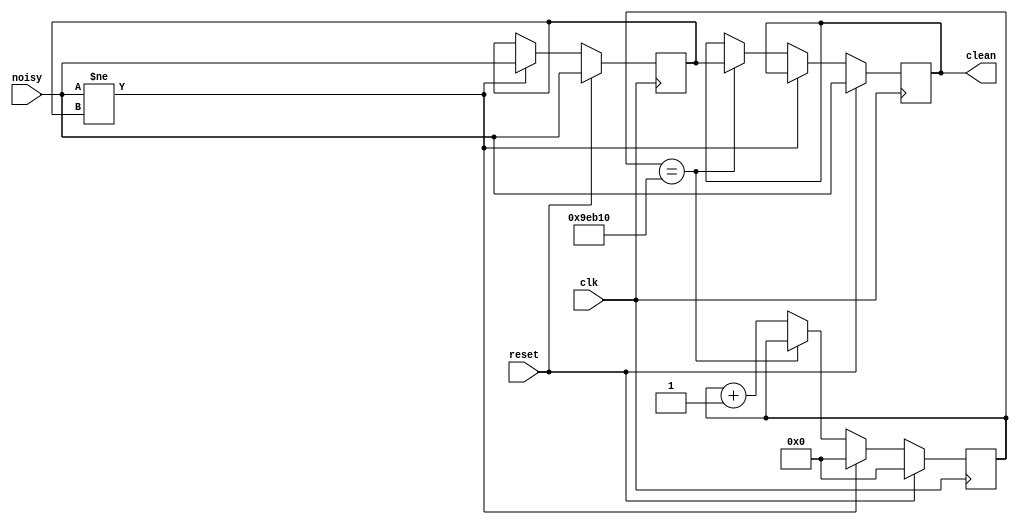

///////////////////////////////////////////////////////////////////////////////
//
// Pushbutton Debounce Module 
//
///////////////////////////////////////////////////////////////////////////////

module debounce (reset, clk, noisy, clean);
   input reset, clk, noisy;
   output clean;

   parameter NDELAY = 650000;
   parameter NBITS = 20;

   reg [NBITS-1:0] count;
   reg xnew, clean;

   always @(posedge clk)
     if (reset) begin xnew <= noisy; clean <= noisy; count <= 0; end
     else if (noisy != xnew) begin xnew <= noisy; count <= 0; end
     else if (count == NDELAY) clean <= xnew;
     else count <= count+1;

endmodule